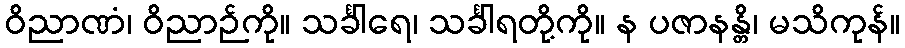
ဝိညာဏံ၊ ဝိညာဉ်ကို။ သင်္ခါရေ၊ သင်္ခါရတို့ကို။ န ပဇာနန္တိ၊ မသိကုန်။